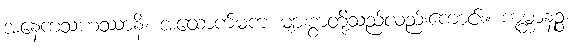
အနေကသဟဿာနိ၊ အထောက်မက များစွာတို့သည်လည်းကောင်း။ ကုမ္ဘာနဉ္စ၊